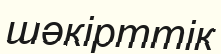
шәкірттік